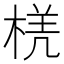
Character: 𭪲